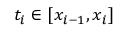
t _ { i } \in [ x _ { i - 1 } , x _ { i } ]